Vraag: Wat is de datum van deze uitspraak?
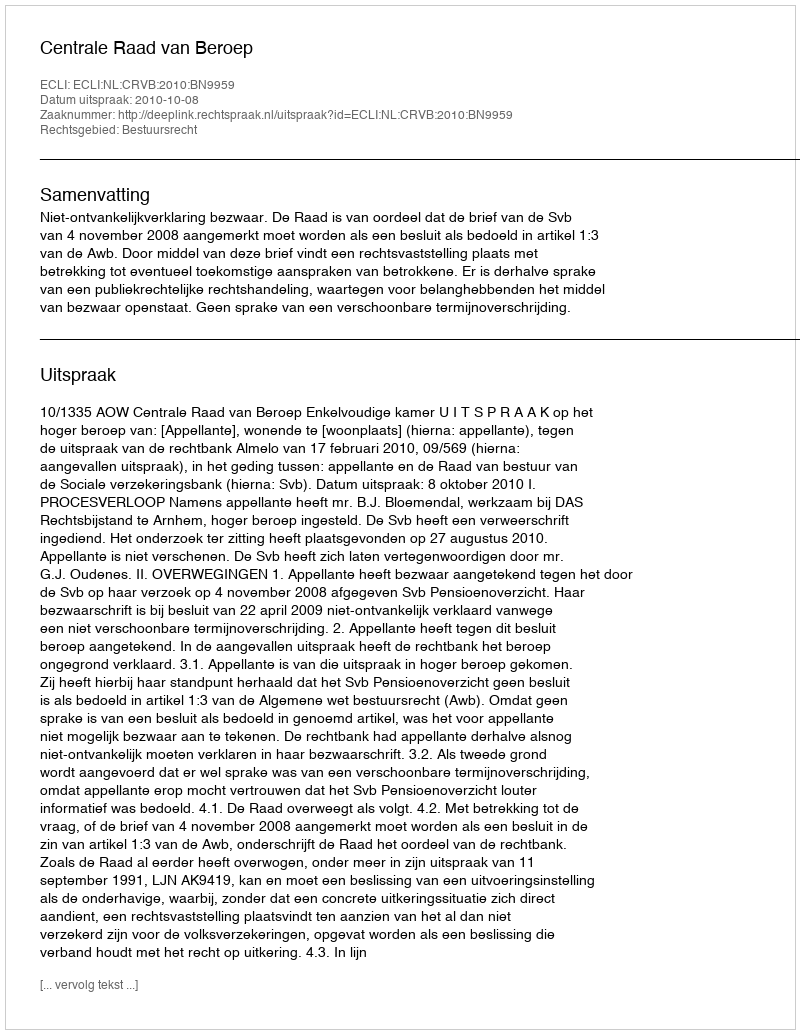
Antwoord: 2010-10-08